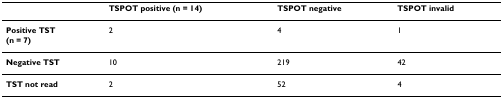
|  | TSPOT positive (n = 14) | TSPOT negative | TSPOT invalid |
 | --- | --- | --- | --- |
 | Positive TST(n = 7) | 2 | 4 | 1 |
 | Negative TST | 10 | 219 | 42 |
 | TST not read | 2 | 52 | 4 |